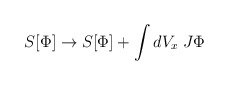
\begin{align*}S[\Phi]\rightarrow S[\Phi] +\int dV_x\; J\Phi\end{align*}